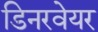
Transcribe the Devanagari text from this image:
डिनरवेयर